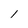
Character: l